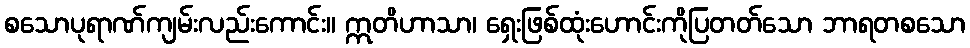
စသောပုရာဏ်ကျမ်းလည်းကောင်း။ ဣတိဟာသာ၊ ရှေးဖြစ်ထုံးဟောင်းကိုပြတတ်သော ဘာရတစသော